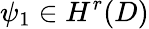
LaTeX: \psi_{1}\in H^{r}(D)